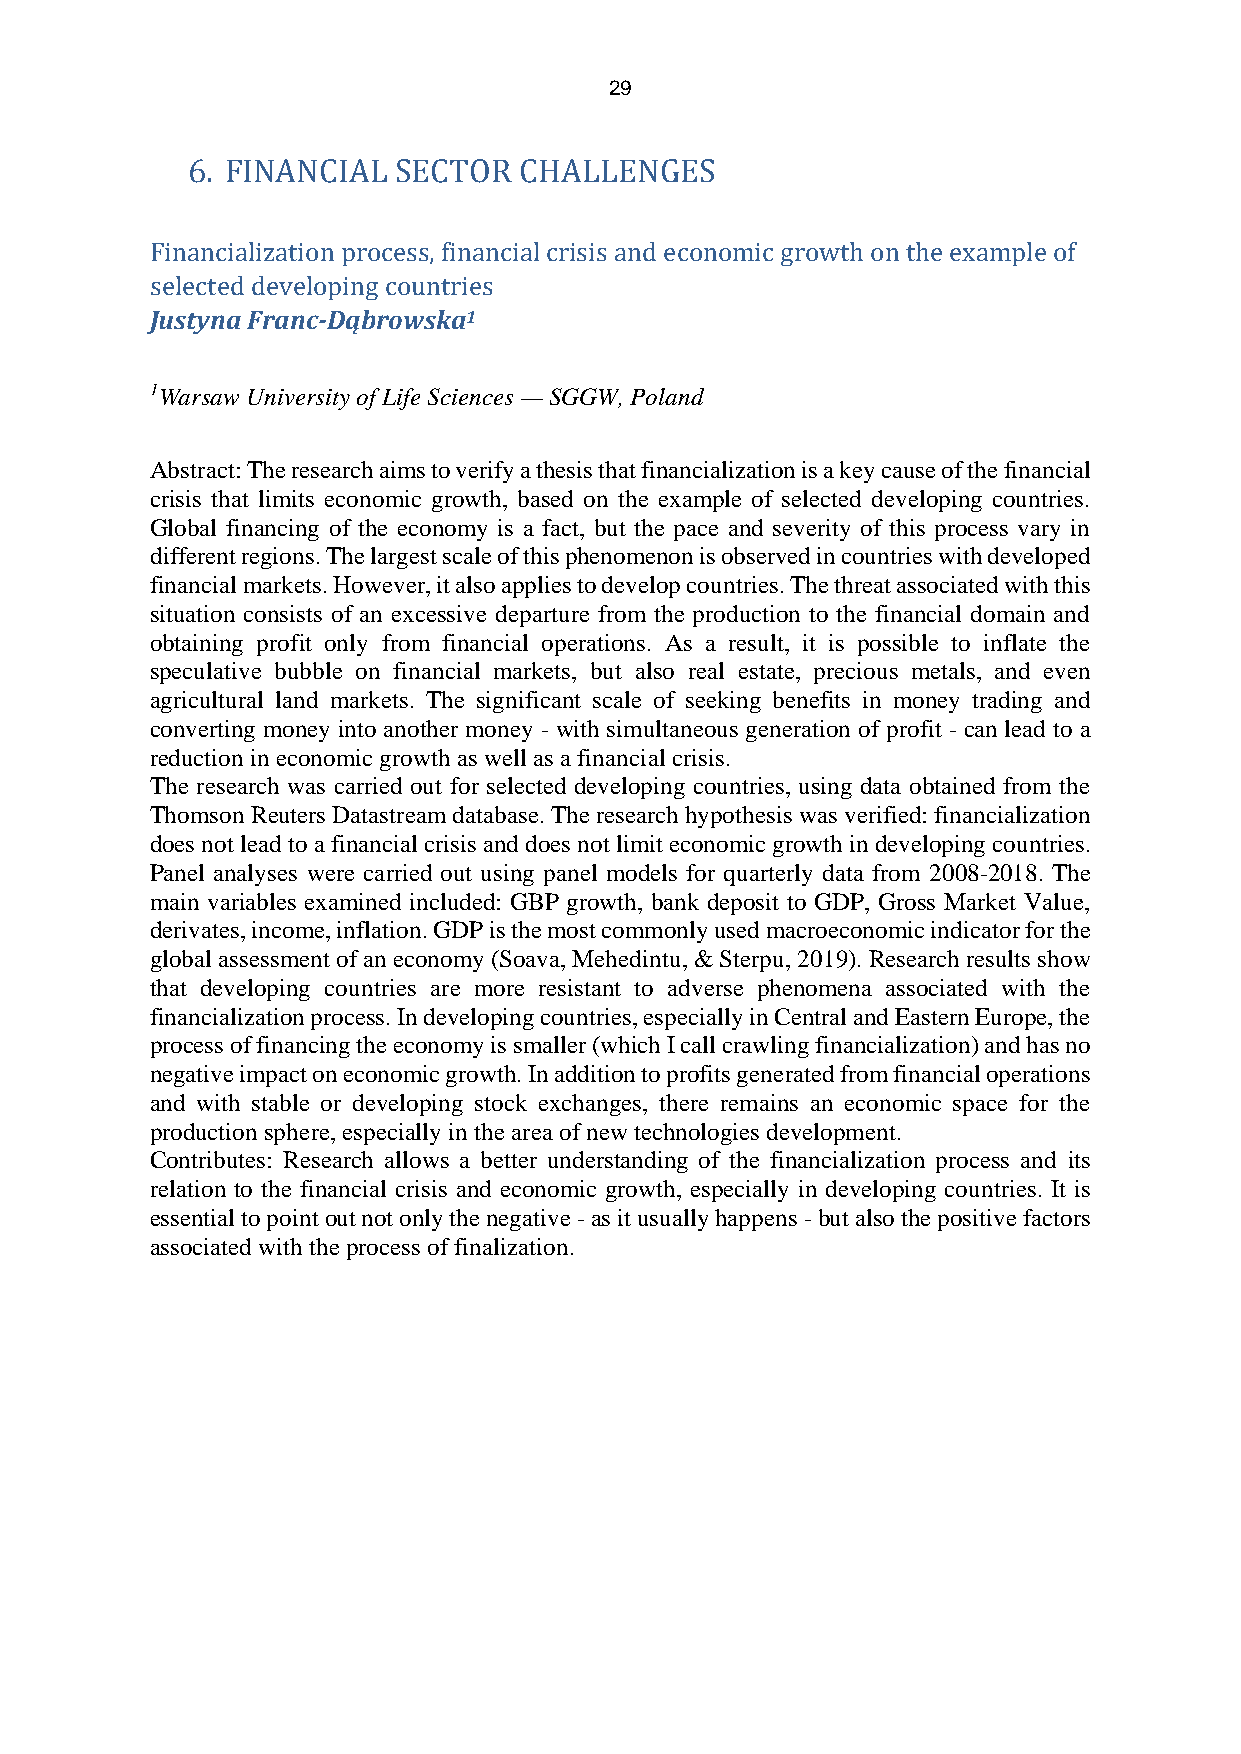
29
 6. FINANCIAL  SECTOR  CHALLENGES
 Financialization process, financial crisis and economic growth on the example of
 selected developing countries
 Justyna Franc-Dąbrowska1
 1Warsaw University of Life Sciences — SGGW, Poland
 Abstract: The research aims to verify a thesis that financialization is a key cause of the financial
 crisis that limits economic growth, based on the example of selected developing countries.
 Global financing of the economy is a fact, but the pace and severity of this process vary in
 different regions. The largest scale of this phenomenon is observed in countries with developed
 financial markets. However, it also applies to develop countries. The threat associated with this
 situation consists of an excessive departure from the production to the financial domain and
 obtaining profit only from financial operations. As a result, it is possible to inflate the
 speculative bubble on financial markets, but also real estate, precious metals, and even
 agricultural land markets. The significant scale of seeking benefits in money trading and
 converting money into another money - with simultaneous generation of profit - can lead to a
 reduction in economic growth as well as a financial crisis.
 The research was carried out for selected developing countries, using data obtained from the
 Thomson Reuters Datastream database. The research hypothesis was verified: financialization
 does not lead to a financial crisis and does not limit economic growth in developing countries.
 Panel analyses were carried out using panel models for quarterly data from 2008-2018. The
 main variables examined included: GBP growth, bank deposit to GDP, Gross Market Value,
 derivates, income, inflation. GDP is the most commonly used macroeconomic indicator for the
 global assessment of an economy (Soava, Mehedintu, & Sterpu, 2019). Research results show
 that developing countries are more resistant to adverse phenomena associated with the
 financialization process. In developing countries, especially in Central and Eastern Europe, the
 process of financing the economy is smaller (which I call crawling financialization) and has no
 negative impact on economic growth. In addition to profits generated from financial operations
 and with stable or developing stock exchanges, there remains an economic space for the
 production sphere, especially in the area of new technologies development.
 Contributes: Research allows a better understanding of the financialization process and its
 relation to the financial crisis and economic growth, especially in developing countries. It is
 essential to point out not only the negative - as it usually happens - but also the positive factors
 associated with the process of finalization.